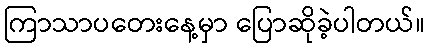
ကြာသာပတေးနေ့မှာ ပြောဆိုခဲ့ပါတယ်။